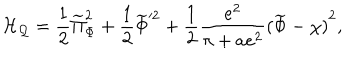
LaTeX: { \cal H _ { Q } } = { \frac { 1 } { 2 } } \widetilde \Pi _ { \Phi } ^ { 2 } + { \frac { 1 } { 2 } } \widetilde \Phi ^ { 2 } + { \frac { 1 } { 2 } } { \frac { e ^ { 2 } } { \pi + a e ^ { 2 } } } { ( \widetilde \Phi - \chi ) } ^ { 2 } ,